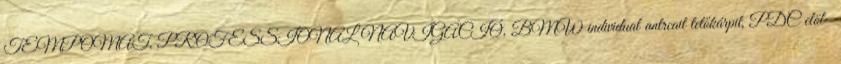
TEMPOMAT, PROFESSIONAL NAVIGÁCIÓ, BMW individual antrcait tetőkárpit, PDC elöl-